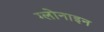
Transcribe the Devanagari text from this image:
ग्लोनाइन